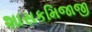
શાસકમિજાજી